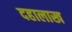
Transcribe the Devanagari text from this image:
दहालाख